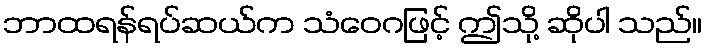
ဘာထရန်ရပ်ဆယ်က သံဝေဂဖြင့် ဤသို့ ဆိုပါ သည်။